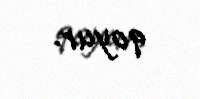
qoyur.